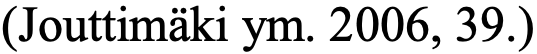
(Jouttimäki ym. 2006, 39.)